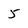
Character: 5